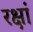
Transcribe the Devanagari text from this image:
रक्षां